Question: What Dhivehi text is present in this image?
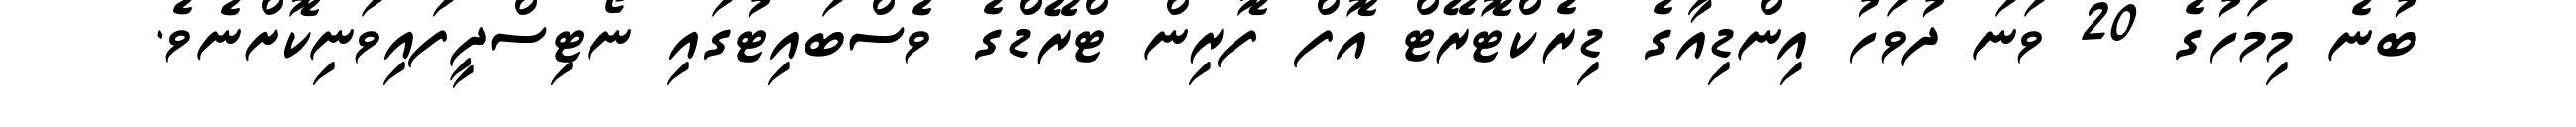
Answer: ބުނެ މިމަހުގެ 20 ވަނަ ދުވަހު އިންޑިއާގެ ޑިރެކްޓޮރޭޓް އޮފް ފޮރިން ޓްރޭޑްގެ ވެސްބައިޓުގައި ނޯޓިސްދީފައިވަނިކޮށްނެވެ.